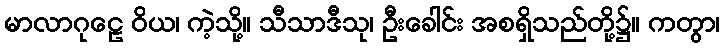
မာလာဂုဠေ ဝိယ၊ ကဲ့သို့။ သီသာဒီသု၊ ဦးခေါင်း အစရှိသည်တို့၌။ ကတွာ၊